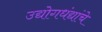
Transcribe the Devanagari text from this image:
उद्योगधंद्यांचे